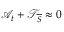
\mathcal { A } _ { t } + \mathcal { T } _ { \overline { { S } } } \approx 0